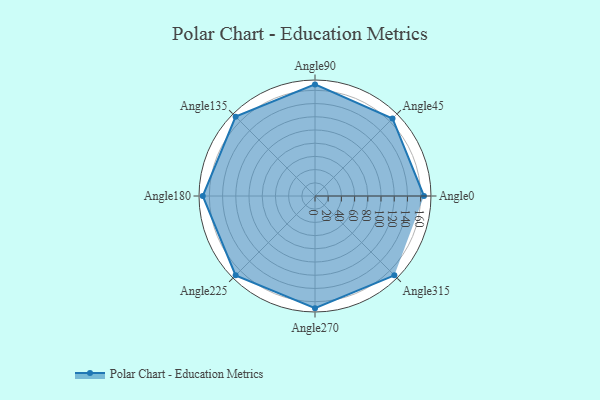
{"axis": {"x": "Angle", "y": "Radius"}, "legend": [""], "data": [{"x": "Angle0", "y": 165.0, "type": ""}, {"x": "Angle45", "y": 166.0, "type": ""}, {"x": "Angle90", "y": 169.0, "type": ""}, {"x": "Angle135", "y": 170, "type": ""}, {"x": "Angle180", "y": 170, "type": ""}, {"x": "Angle225", "y": 170, "type": ""}, {"x": "Angle270", "y": 170, "type": ""}, {"x": "Angle315", "y": 170, "type": ""}]}